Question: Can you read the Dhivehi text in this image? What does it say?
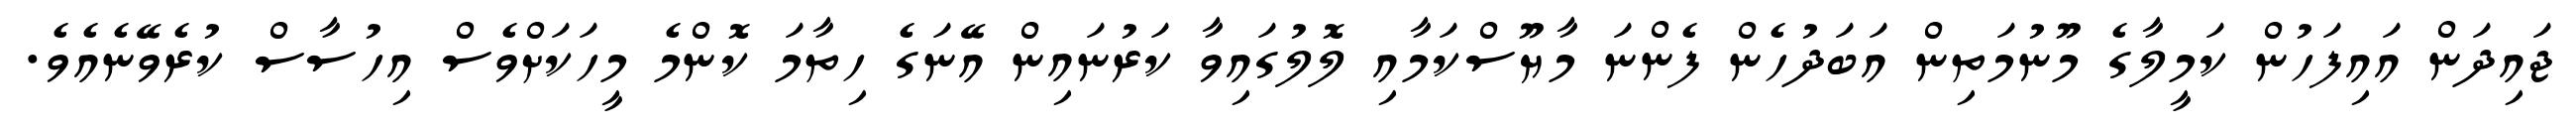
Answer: ޖައިދަން އައިފަހުން ކަމީލާގެ މޫނުމަތިން އަބަދުހެން ފެންނަ މާޔޫސްކަމާއި ލޮލުގައިވާ ކަރުނައިން އޭނަގެ ހިތާމަ ކޮންމެ މީހަކަށްވެސް އިހުސާސް ކުރެވޭނެއެވެ.